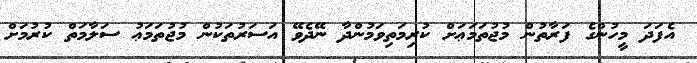
އެފަދަ މީހުންގެ ފަރާތުން މުޖުތަމަޢަށް ކުރިމަތިވަމުންދާ ނޭދެވޭ އަސަރުތަކުން މުޖުތަމަޢު ސަލާމަތް ކުރުމަށް